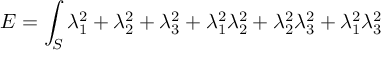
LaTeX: E = \int _ { S } \lambda _ { 1 } ^ { 2 } + \lambda _ { 2 } ^ { 2 } + \lambda _ { 3 } ^ { 2 } + \lambda _ { 1 } ^ { 2 } \lambda _ { 2 } ^ { 2 } + \lambda _ { 2 } ^ { 2 } \lambda _ { 3 } ^ { 2 } + \lambda _ { 1 } ^ { 2 } \lambda _ { 3 } ^ { 2 }